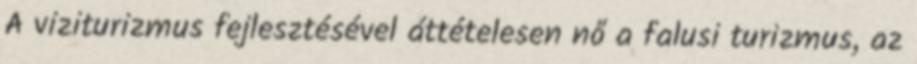
A viziturizmus fejlesztésével áttételesen nő a falusi turizmus, az